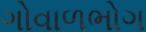
ગોવાળભોગ